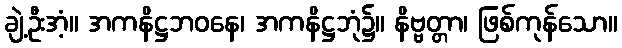
ချဲ့ဦးအံ့။ အကနိဋ္ဌဘဝနေ၊ အကနိဋ္ဌဘုံ၌။ နိဗ္ဗတ္တာ၊ ဖြစ်ကုန်သော။